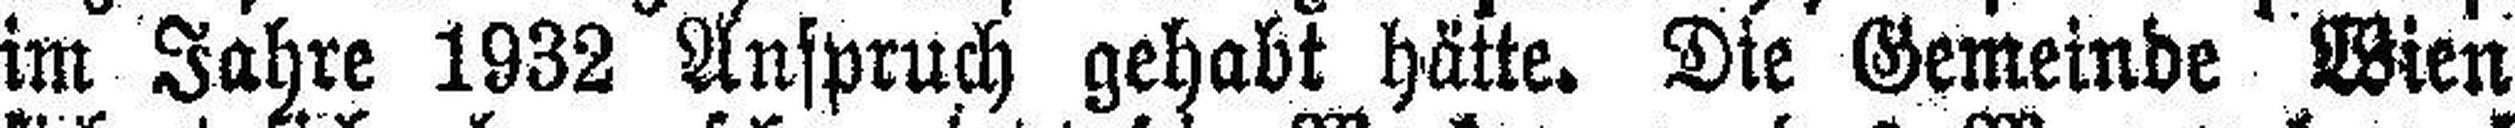
im Jahre 1932 Anspruch gehabt hätte. Die Gemeinde Wien